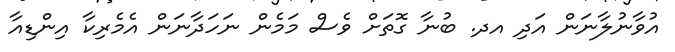
އުވާނުލާނަން އަދި އދ. ބުނާ ގޮތަށް ވެސް މަމެން ނަހަދާނަން އެމެރިކާ އިންޑިއާ